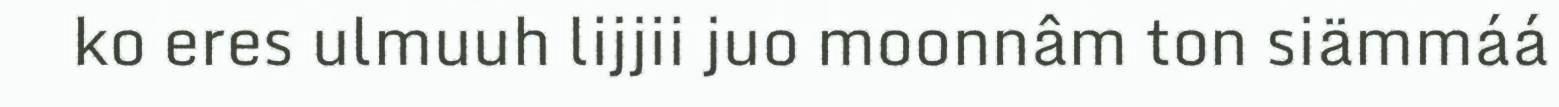
ko eres ulmuuh lijjii juo moonnâm ton siämmáá